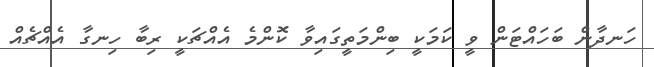
ހަނދާން ބަހައްޓަން ވީ ކަމަކީ ބިންމަތީގައިވާ ކޮންމެ އެއްޗަކީ ރިބާ ހިނގާ އެއްޗެއް